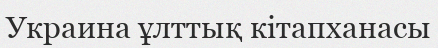
Украина ұлттық кітапханасы